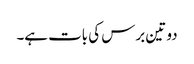
دو تین برس کی بات ہے۔